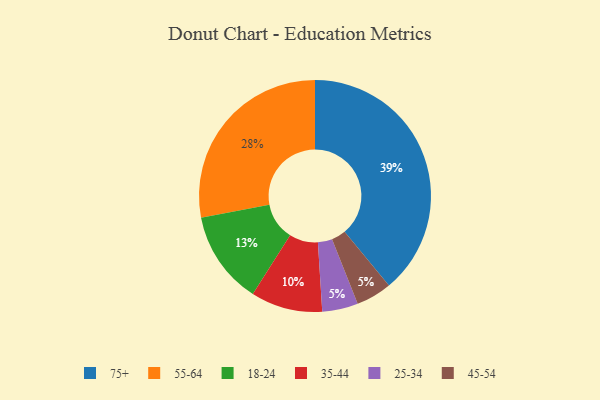
{"axis": {"x": "Category", "y": "Percentage"}, "legend": ["18-24", "25-34", "35-44", "45-54", "55-64", "75+"], "data": [{"x": "75+", "y": 39, "type": "75+"}, {"x": "25-34", "y": 5, "type": "25-34"}, {"x": "18-24", "y": 13, "type": "18-24"}, {"x": "45-54", "y": 5, "type": "45-54"}, {"x": "35-44", "y": 10, "type": "35-44"}, {"x": "55-64", "y": 28, "type": "55-64"}]}